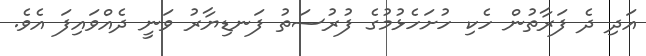
އަދި ދެ ފަރާތުން ހެކި ހުށަހެޅުމުގެ ފުރުސަތު ފަނޑިޔާރު ވަނީ ދެއްވައިފަ އެވެ.